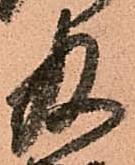
及